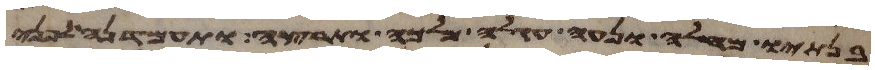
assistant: בנתיו מחלה ונעה חגלה מלכה ותרצה ותעמדנה לפני